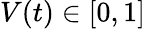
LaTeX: V(t)\in[0,1]